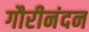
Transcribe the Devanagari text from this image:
गौरीनंदन